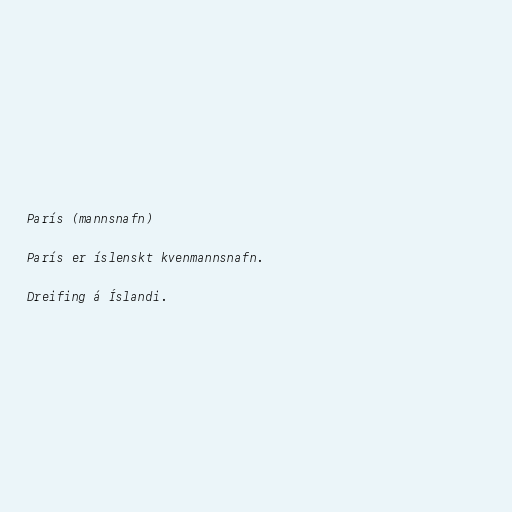
París (mannsnafn)

París er íslenskt kvenmannsnafn.

Dreifing á Íslandi.